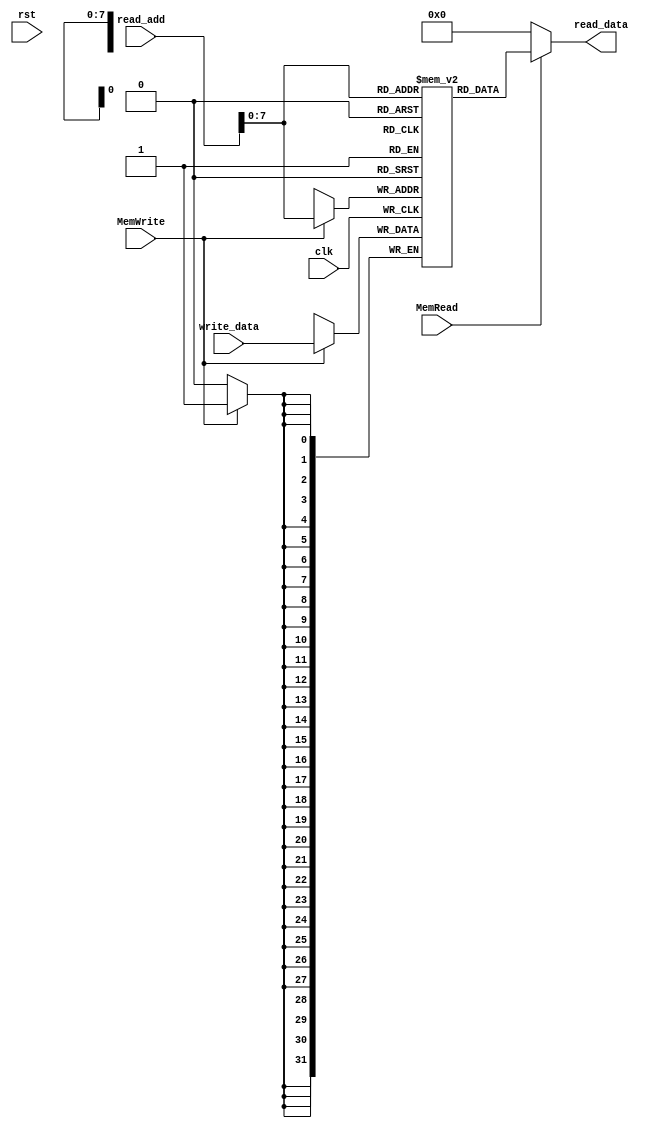
`timescale 1ns / 1ps
//////////////////////////////////////////////////////////////////////////////////
// Company: 
// Engineer: 
// 
// Design Name: 
// Module Name: DATA_MEM
// Project Name: 
// Target Devices: 
// Tool Versions: 
// Description: 
// 
// Dependencies: 
// 
// Revision:
// Revision 0.01 - File Created
// Additional Comments:
// 
//////////////////////////////////////////////////////////////////////////////////


module DATA_MEM(clk, rst, read_add, write_data, read_data, MemWrite, MemRead);
    input clk, rst, MemWrite, MemRead;
    input [31:0] read_add, write_data;
    output [31:0] read_data;
    reg [31:0] data_mem [255:0];
    
    assign read_data = (MemRead)? data_mem[read_add] : 32'b0000_0000_0000_0000_0000_0000_0000_0000;

    integer i;
    initial begin
        for(i = 0; i <= 255; i = i + 1)
            data_mem[i] <= 32'b0000_0000_0000_0000_0000_0000_0000_0000;
        
        //data_mem[1] <= 32'b0000_0001_1010_0011;
        //data_mem[2] <= 32'b0000_0100_0101_1001;
        
        data_mem[1] <= 32'b0000_0000_0000_0100;
        data_mem[2] <= 32'b0000_0000_0001_0011;
        
        data_mem[4] <= 32'b0000_0000_0000_0000_0000_0000_0000_0001;
    
    end
    
    always @(posedge clk) begin
        if(MemWrite == 1'b1) begin
                data_mem[read_add] <= write_data;
        end
    end
    
endmodule